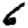
Digit: 6